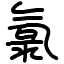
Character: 氯